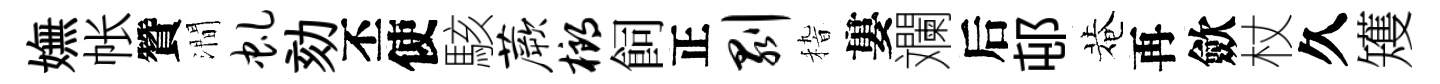
嫵帐贊澗虬劾丕使駭蕨榔飼正剥𥟵婁斕后邨菴再歛杖久矱